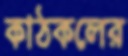
কাঠকলের